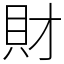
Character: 財